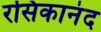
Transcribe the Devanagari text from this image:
रसिकानंद